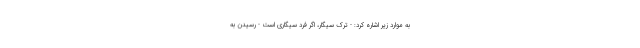
به موارد زیر اشاره کرد: - ترک سیگار، اگر فرد سیگاری است - رسیدن به